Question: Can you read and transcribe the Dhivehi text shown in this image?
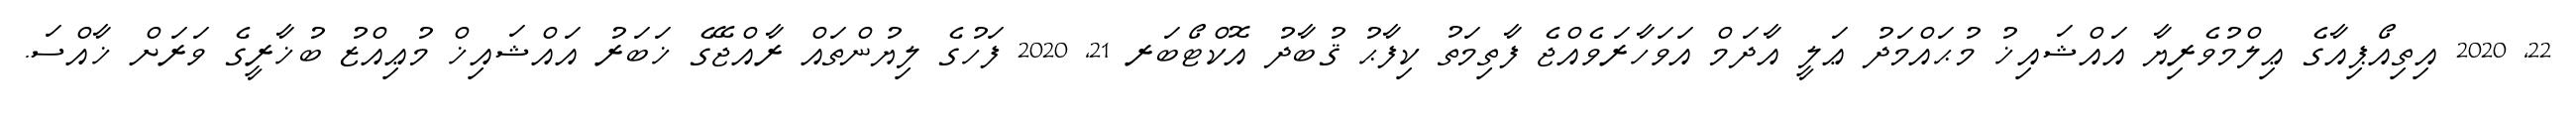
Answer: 22, 2020 އިތިއޯޕިއާގެ ޢިލްމުވެރިޔާ އައްޝައިޚު މުޙައްމަދު ޢަލީ އާދަމް އަވަހާރަވެއްޖެ ފާތިމަތު ކިފާޙު ޤުބާދު އޮކްޓޯބަރ 21, 2020 ފަހުގެ ލިޔުންތައް ރާއްޖޭގެ ޚަބަރު އައްޝައިޚް މުޢިއްޒު ބުޚާރީގެ ވަރަށް ޚާއްސަ.